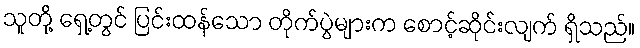
သူတို့ ရှေ့တွင် ပြင်းထန်သော တိုက်ပွဲများက စောင့်ဆိုင်းလျက် ရှိသည်။